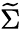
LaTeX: \widetilde{\Sigma}